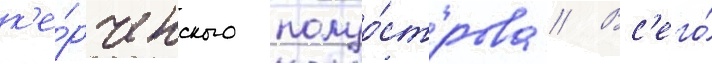
к'е́рченского полуо́строва // Вс'его́